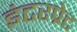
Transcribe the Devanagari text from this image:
इंटरप्रेट